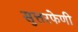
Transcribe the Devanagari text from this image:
सुत्तरफेणी